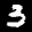
Label: 3